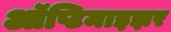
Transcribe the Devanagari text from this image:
ऑप्टिमाइझर